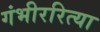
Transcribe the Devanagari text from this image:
गंभीररित्या